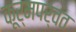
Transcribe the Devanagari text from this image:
कूर्मपर्वत